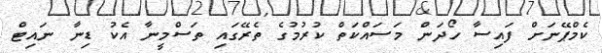
ކެމްޕޭނަށް ފައިސާ ހޯދަން މަސައްކަތް ކުރުމުގެ ތެރޭގައި ތަސްމީނާ އެކު ޑިނާ ނައިޓް